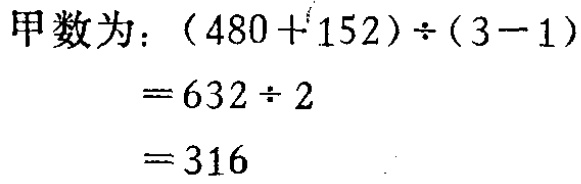
甲数为：\((480 + 152)\div(3 - 1)\)

\(= 632\div 2\)

\(= 316\)